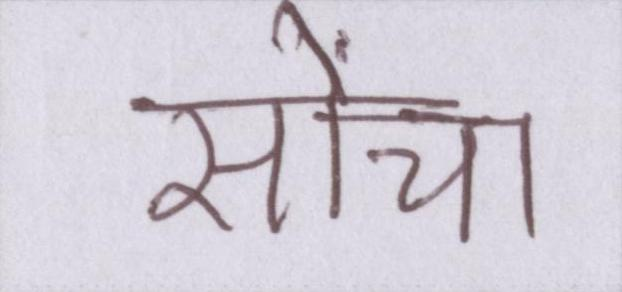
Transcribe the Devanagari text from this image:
सोंचा